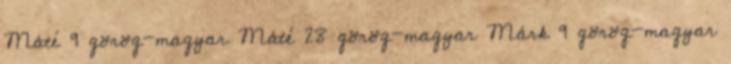
Máté 9 görög-magyar Máté 28 görög-magyar Márk 9 görög-magyar